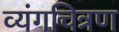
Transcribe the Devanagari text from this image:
व्यंगचित्रण